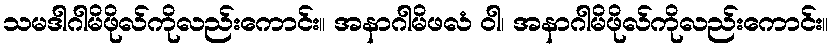
သမဒါဂါမိဖိုလ်ကိုလည်းကောင်း။ အနာဂါမိဖလံ ဝါ၊ အနာဂါမိဖိုလ်ကိုလည်းကောင်း။